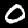
Digit: 0